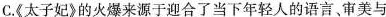
C《太子妃》的火爆来源于迎合了当下年轻人的语言、审美与